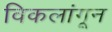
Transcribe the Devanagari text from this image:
विकलांगून